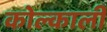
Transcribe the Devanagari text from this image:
कोल्काली